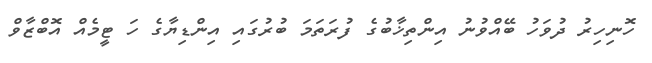
ހޮނިހިރު ދުވަހު ބޭއްވުނު އިންތިޚާބުގެ ފުރަތަމަ ބުރުގައި އިންޑިޔާގެ ހަ ޓީމެއް އޮބްޒާވް